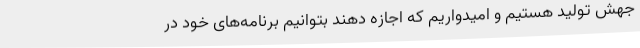
جهش تولید هستیم و امیدواریم که اجازه دهند بتوانیم برنامه‌های خود در